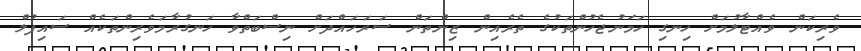
ވެރިކަން ވެެއްޓާލުމަށް ހިނގި ހަމަނުޖެހުންތަކުގެ ތެރެއިން ޒިންތަން ސަރަހައްދަށް ނިސްބަތްވާ ހަނގުރާމަވެރިންތަކެއް ސައިފުލް